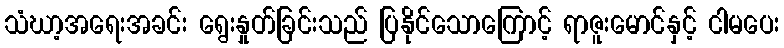
သံဃာ့အရေးအခင်း ရွေးနှုတ်ခြင်းသည် ပြနိုင်သောကြောင့် ရာဇူးမောင်နှင့် ငါမပေး